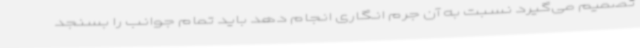
تصمیم می‌گیرد نسبت به آن جرم انگاری انجام دهد باید تمام جوانب را بسنجد